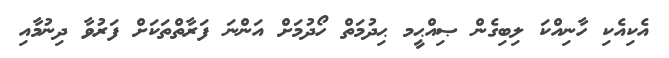
އެކިއެކި ހާނިއްކަ ލިބިގެން ޞިއްޙީމ ޙިދުމަތް ހޯދުމަށް އަންނަ ފަރާތްތަކަށް ފަރުވާ ދިނުމާއި